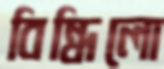
বিন্ধিলো